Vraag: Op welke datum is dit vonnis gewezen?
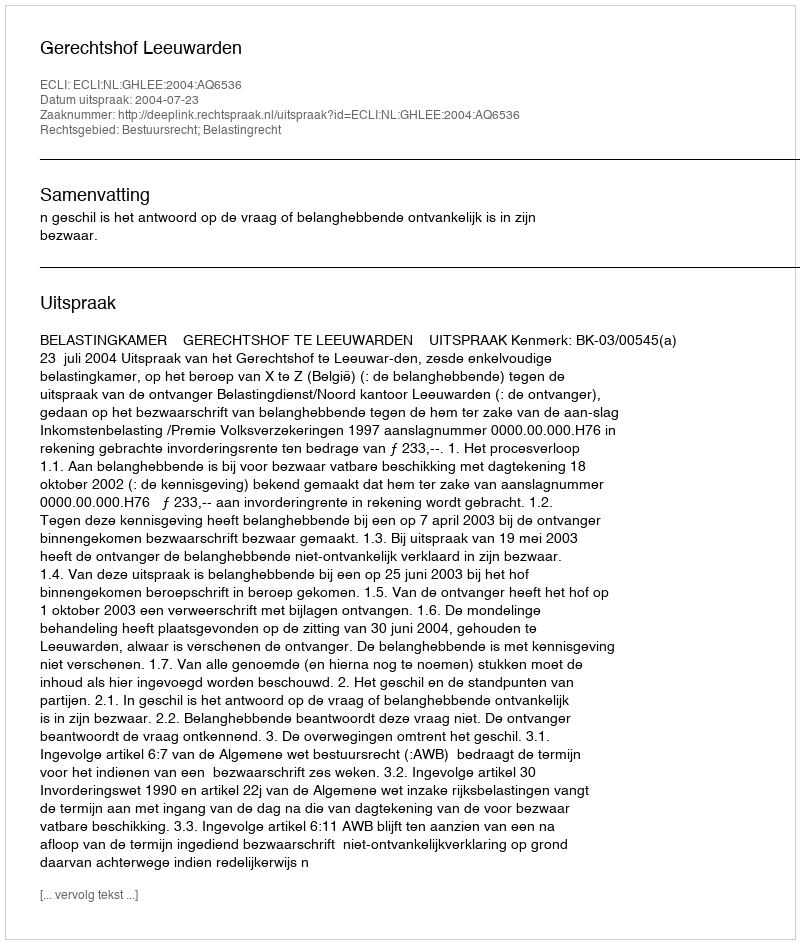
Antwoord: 2004-07-23